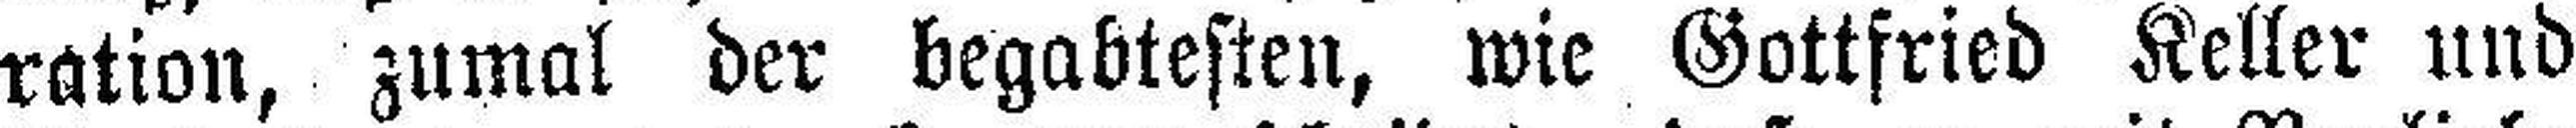
ration, zumal der begabtesten, wie Gottfried Keller und